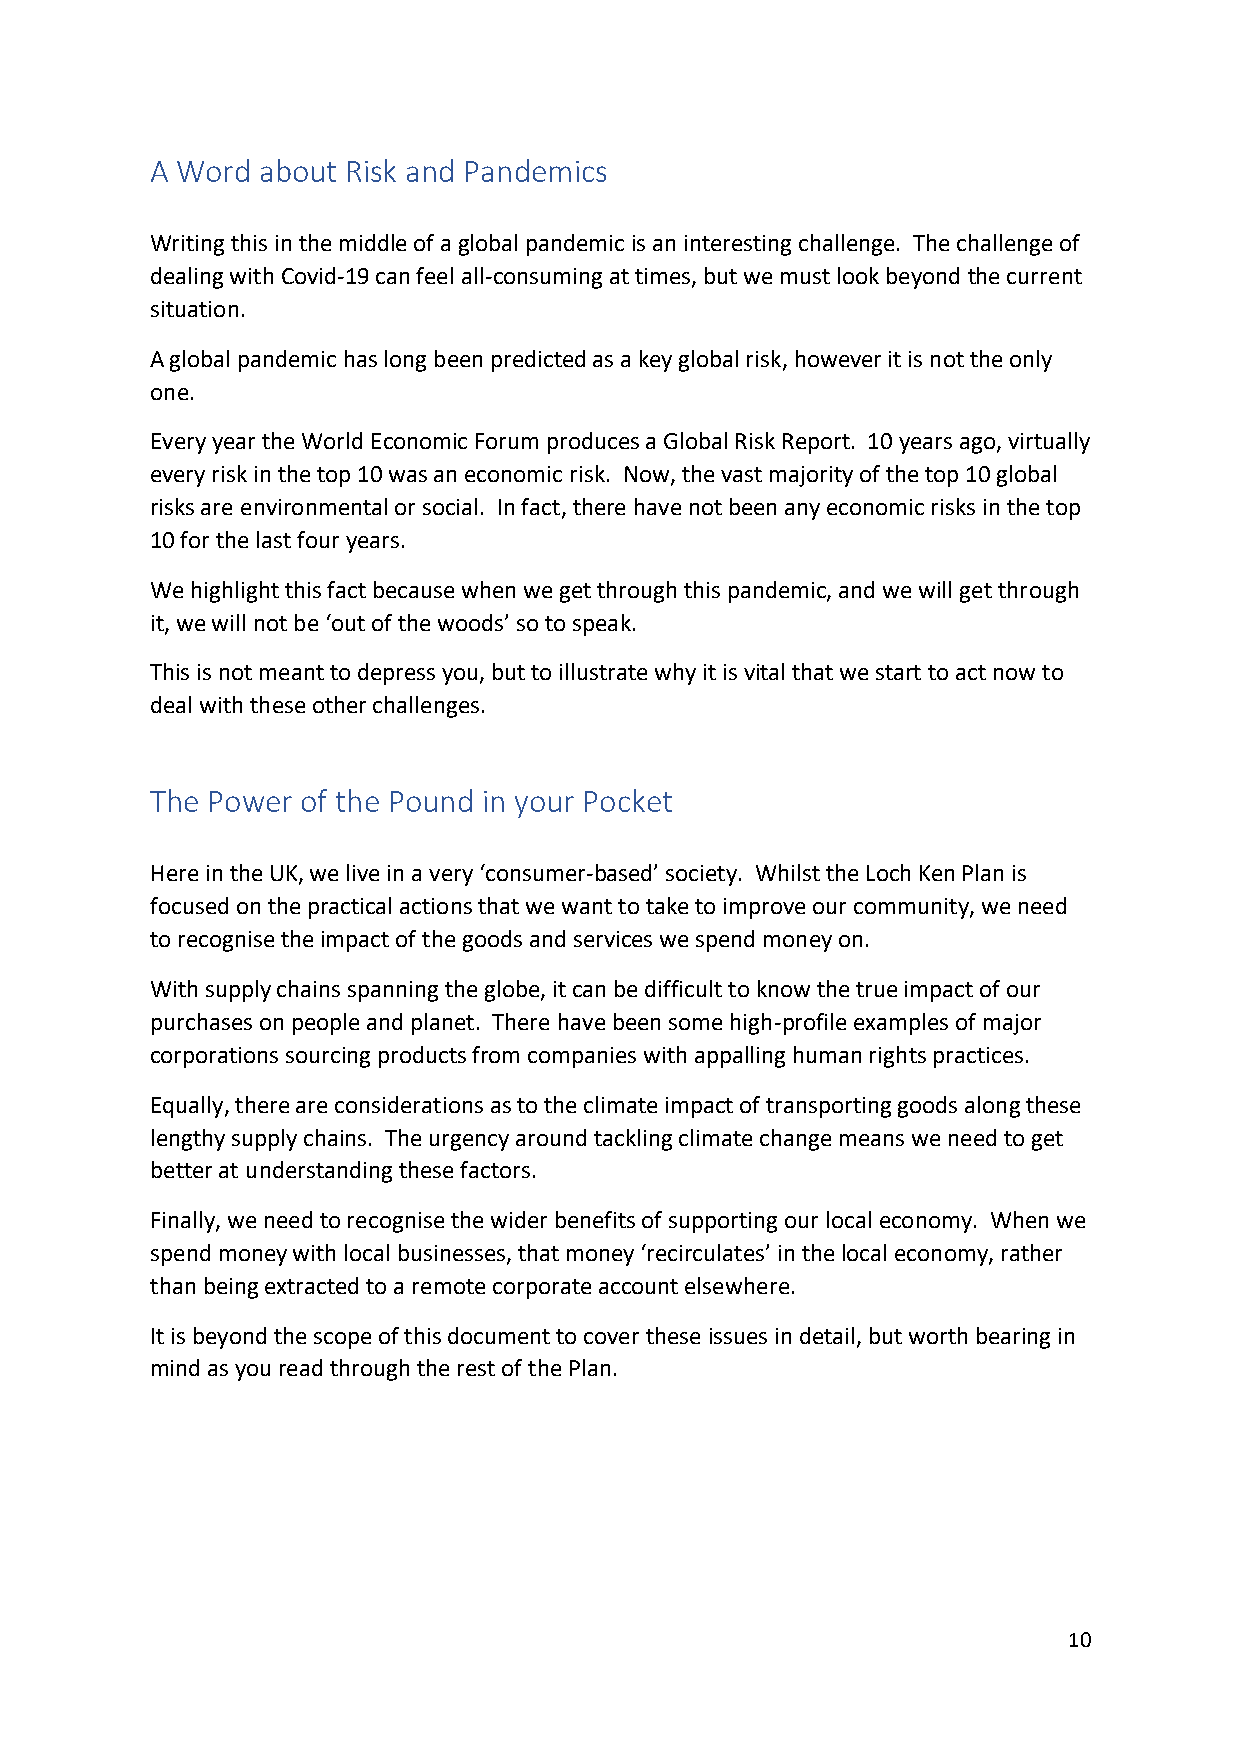
A Word about Risk and Pandemics
 Writing this in the middle of a global pandemic is an interesting challenge. The challenge of
 dealing with Covid-19 can feel all-consuming at times, but we must look beyond the current
 situation.
 A global pandemic has long been predicted as a key global risk, however it is not the only
 one.
 Every year the World Economic Forum produces a Global Risk Report. 10 years ago, virtually
 every risk in the top 10 was an economic risk. Now, the vast majority of the top 10 global
 risks are environmental or social. In fact, there have not been any economic risks in the top
 10 for the last four years.
 We highlight this fact because when we get through this pandemic, and we will get through
 it, we will not be ‘out of the woods’ so to speak.
 This is not meant to depress you, but to illustrate why it is vital that we start to act now to
 deal with these other challenges.
 The Power of the Pound in your Pocket
 Here in the UK, we live in a very ‘consumer-based’ society. Whilst the Loch Ken Plan is
 focused on the practical actions that we want to take to improve our community, we need
 to recognise the impact of the goods and services we spend money on.
 With supply chains spanning the globe, it can be difficult to know the true impact of our
 purchases on people and planet. There have been some high-profile examples of major
 corporations sourcing products from companies with appalling human rights practices.
 Equally, there are considerations as to the climate impact of transporting goods along these
 lengthy supply chains. The urgency around tackling climate change means we need to get
 better at understanding these factors.
 Finally, we need to recognise the wider benefits of supporting our local economy. When we
 spend money with local businesses, that money ‘recirculates’ in the local economy, rather
 than being extracted to a remote corporate account elsewhere.
 It is beyond the scope of this document to cover these issues in detail, but worth bearing in
 mind as you read through the rest of the Plan.
 10